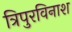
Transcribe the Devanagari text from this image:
त्रिपुरविनाश